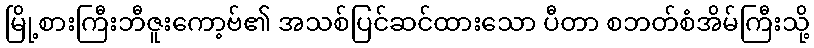
မြို့စားကြီးဘီဇူးကော့ဗ်၏ အသစ်ပြင်ဆင်ထားသော ပီတာ စဘတ်စံအိမ်ကြီးသို့